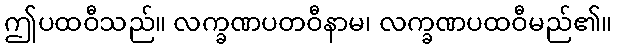
ဤပထဝီသည်။ လက္ခဏပတဝီနာမ၊ လက္ခဏပထဝီမည်၏။